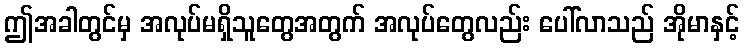
ဤအခါတွင်မှ အလုပ်မရှိသူတွေအတွက် အလုပ်တွေလည်း ပေါ်လာသည် အိုမာနှင့်